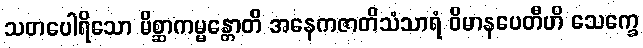
သတပေါရိသော မိစ္ဆာကမ္မန္တောတိ အနေကဇာတိသံသာရံ ဝိမာနပေတီဟိ သေက္ခေ